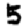
Digit: 5